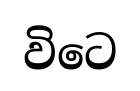
විටෙ